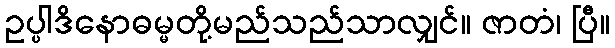
ဥပ္ပါဒိနောဓမ္မတို့မည်သည်သာလျှင်။ ဇာတံ၊ ပြီ။